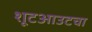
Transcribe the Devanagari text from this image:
शूटआउटचा